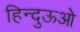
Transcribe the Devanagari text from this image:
हिन्दुऊओ